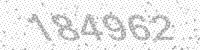
Solution: 184962